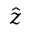
\hat { z }